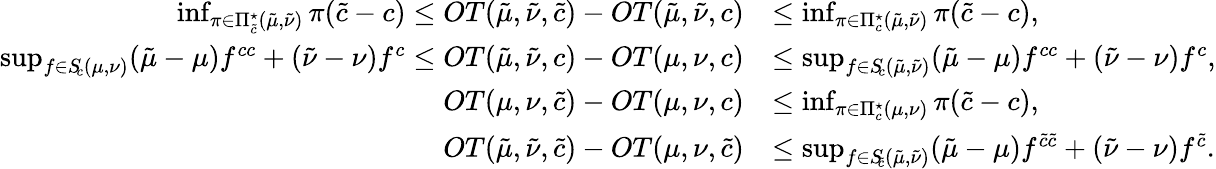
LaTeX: \begin{array}{rl}{\operatorname*{inf}_{\pi\in\Pi_{\tilde{c}}^{\star}(\tilde{\mu},\tilde{\nu})}\pi(\tilde{c}-c)\leq OT(\tilde{\mu},\tilde{\nu},{\tilde{c}})-OT(\tilde{\mu},\tilde{\nu},c)}&{\leq\operatorname*{inf}_{\pi\in\Pi_{c}^{\star}(\tilde{\mu},\tilde{\nu})}\pi(\tilde{c}-c),}\\ {\operatorname*{sup}_{f\in S\! _{c}(\mu,\nu)}(\tilde{\mu}-\mu)f^{cc}+(\tilde{\nu}-\nu)f^{c}\leq OT(\tilde{\mu},\tilde{\nu},c)-OT(\mu,\nu,c)}&{\leq\operatorname*{sup}_{f\in S\! _{c}(\tilde{\mu},\tilde{\nu})}(\tilde{\mu}-\mu)f^{cc}+(\tilde{\nu}-\nu)f^{c},}\\ {OT(\mu,\nu,{\tilde{c}})-OT(\mu,\nu,c)}&{\leq\operatorname*{inf}_{\pi\in\Pi_{c}^{\star}(\mu,\nu)}\pi(\tilde{c}-c),}\\ {OT(\tilde{\mu},\tilde{\nu},{\tilde{c}})-OT(\mu,\nu,{\tilde{c}})}&{\leq\operatorname*{sup}_{f\in S_{\! \tilde{c}}(\tilde{\mu},\tilde{\nu})}(\tilde{\mu}-\mu)f^{\tilde{c}\tilde{c}}+(\tilde{\nu}-\nu)f^{\tilde{c}}.}\end{array}